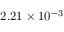
2 . 2 1 \times 1 0 ^ { - 3 }